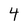
Character: 4